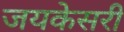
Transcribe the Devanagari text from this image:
जयकेसरी